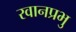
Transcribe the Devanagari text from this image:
रवानप्रभु